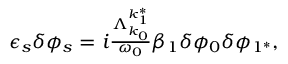
\begin{array} { r } { \epsilon _ { s } \delta \phi _ { s } = i \frac { \Lambda _ { k _ { 0 } } ^ { k _ { 1 } ^ { * } } } { \omega _ { 0 } } \beta _ { 1 } \delta \phi _ { 0 } \delta \phi _ { 1 ^ { * } } , } \end{array}